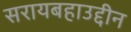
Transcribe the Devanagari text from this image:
सरायबहाउद्दीन